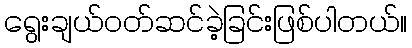
ရွေးချယ်ဝတ်ဆင်ခဲ့ခြင်းဖြစ်ပါတယ်။